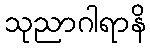
သုညာဂါရာနိ